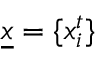
\underline { x } = \{ x _ { i } ^ { t } \}